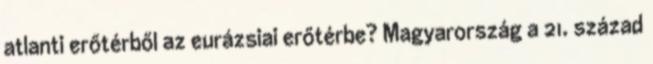
atlanti erőtérből az eurázsiai erőtérbe? Magyarország a 21. század